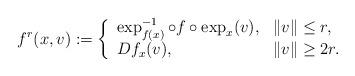
LaTeX: \begin{align*} f^{r}(x,v):=\left \{ \begin{array}{ll} \exp_{f(x)}^{-1}\circ f\circ \exp_x (v), & \|v\| \leq r,\\ Df_x(v), & \|v\| \geq 2r. \end{array} \right. \end{align*}